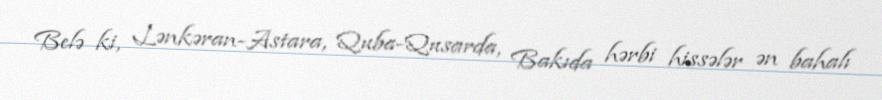
Belə ki, Lənkəran-Astara, Quba-Qusarda, Bakıda hərbi hissələr ən bahalı